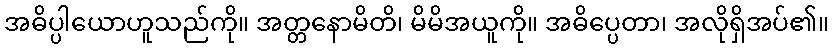
အဓိပ္ပါယောဟူသည်ကို။ အတ္တနောမိတိ၊ မိမိအယူကို။ အဓိပ္ပေတာ၊ အလိုရှိအပ်၏။